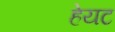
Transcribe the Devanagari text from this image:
हेयट